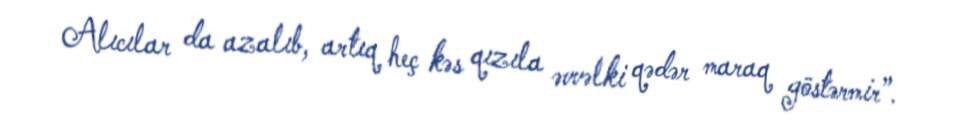
Alıcılar da azalıb, artıq heç kəs qızıla əvvəlki qədər maraq göstərmir”.